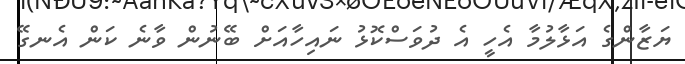
ޔަޒާންގެ އަޅާލުމާ އެހީ އެ ދުވަސްކޮޅު ނައިހާއަށް ބޭނުން ވާނެ ކަން އެނގޭ